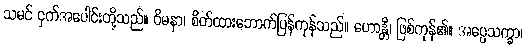
သမင် ငှက်အပေါင်းတို့သည်။ ဝိမနာ၊ စိတ်ထားဘောက်ပြန်ကုန်သည်။ ဟောန္တိ၊ ဖြစ်ကုန်၏။ အပ္ပေသက္ခာ၊